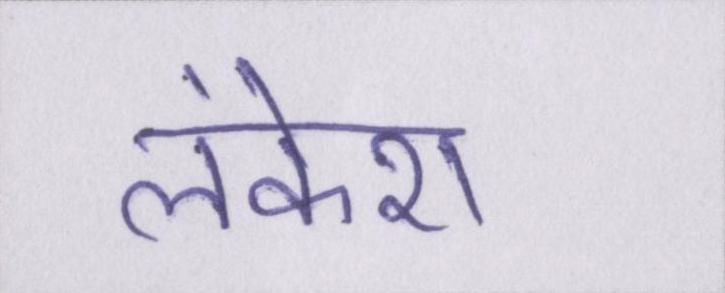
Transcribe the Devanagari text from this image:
लंकेश